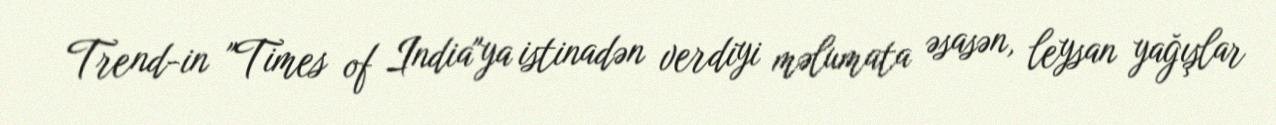
Trend-in "Times of India"ya istinadən verdiyi məlumata əsasən, leysan yağışlar